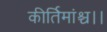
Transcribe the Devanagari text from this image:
कीर्तिमांश्च।।